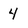
Character: 4